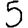
Digit: 5